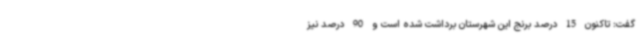
گفت: تاکنون 15 درصد برنج این شهرستان برداشت شده است و 90 درصد نیز